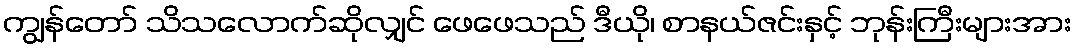
ကျွန်တော် သိသလောက်ဆိုလျှင် ဖေဖေသည် ဒီယို၊ စာနယ်ဇင်းနှင့် ဘုန်းကြီးများအား